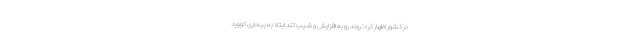
در کشور اظهار کرد: روند رو به افزایش و شیب تند ابتلا به بیماری کووید